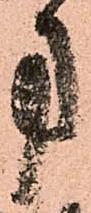
方